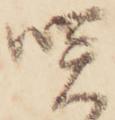
咲